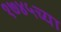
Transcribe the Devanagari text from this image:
१७४५च्या